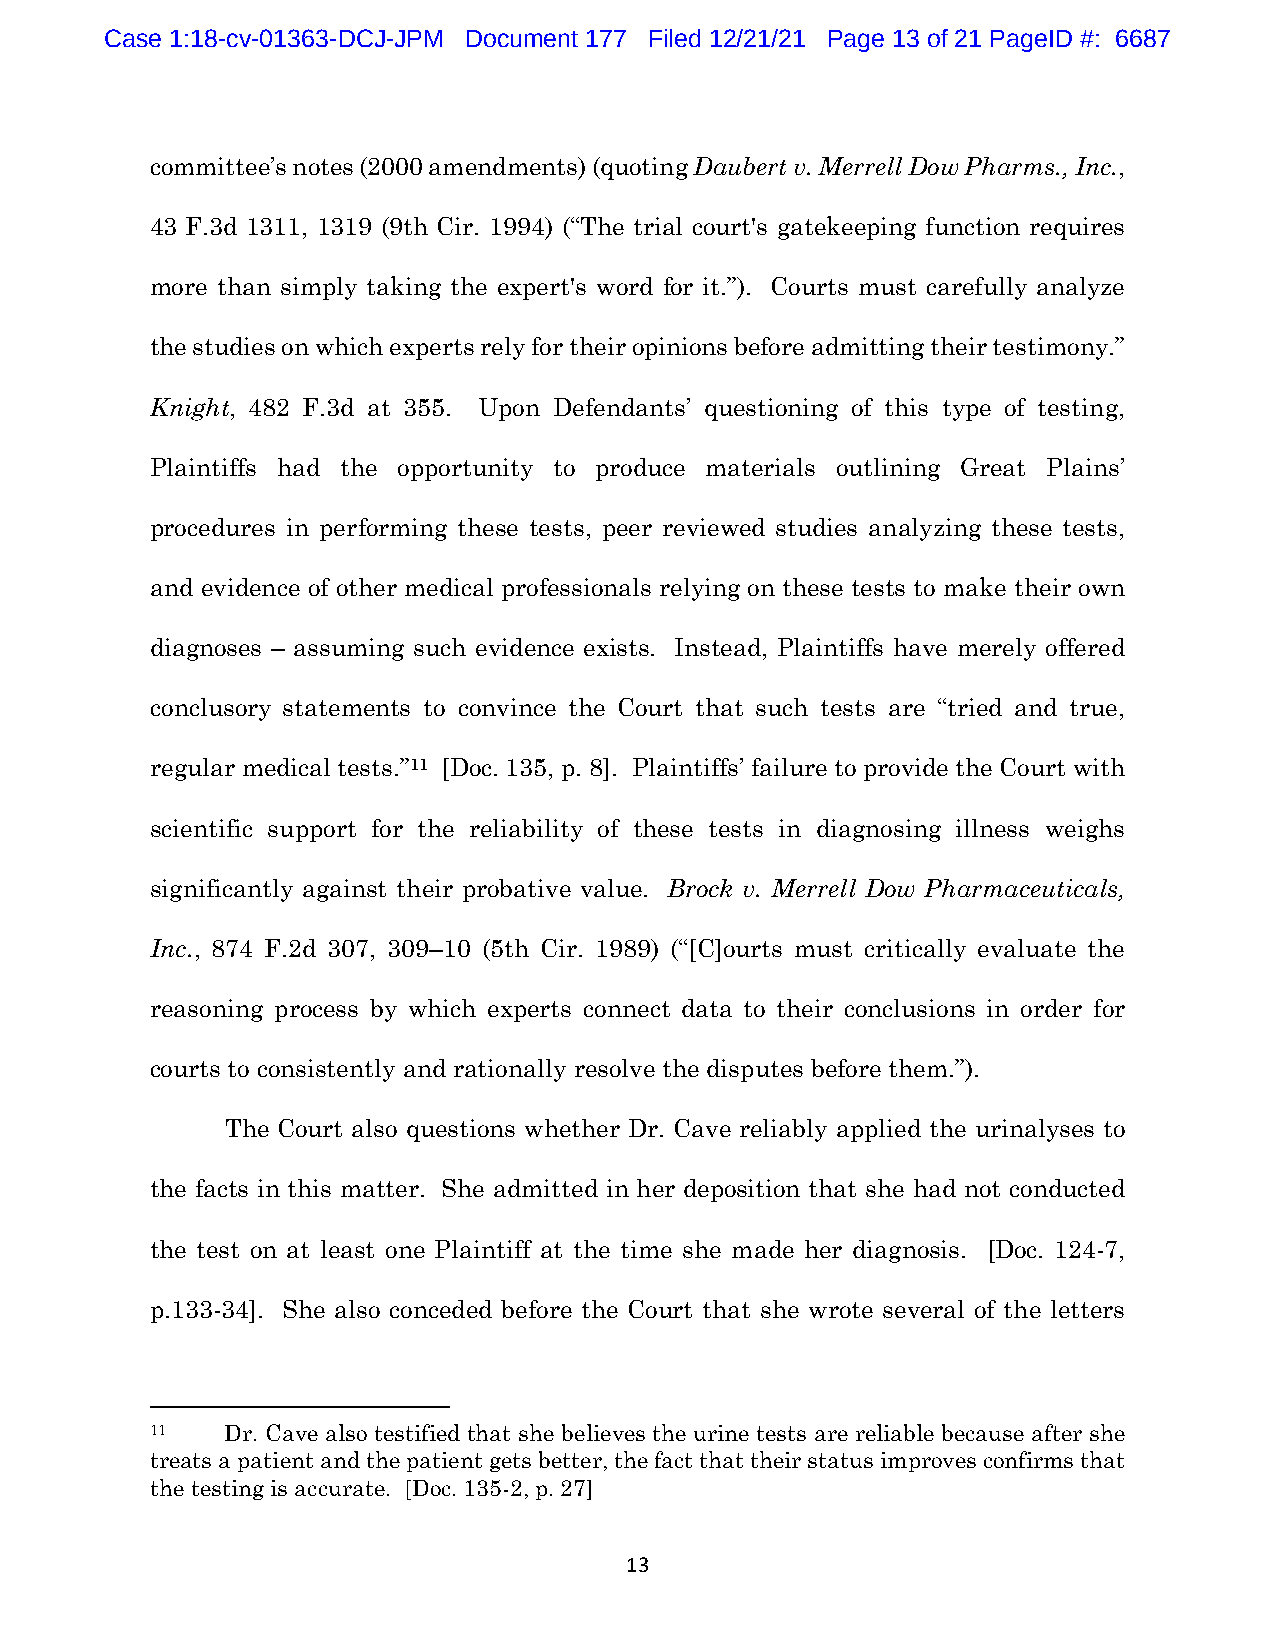
Case 1:18-cv-01363-DCJ-JPM Document 177 Filed 12/21/21 Page 13 of 21 PageID #: 6687
 committee’s notes (2000 amendments) (quoting Daubert v. Merrell Dow Pharms., Inc.,
 43 F.3d 1311, 1319 (9th Cir. 1994) (“The trial court's gatekeeping function requires
 more than simply taking the expert's word for it.”). Courts must carefully analyze
 the studies on which experts rely for their opinions before admitting their testimony.”
 Knight, 482 F.3d at 355. Upon Defendants’ questioning of this type of testing,
 Plaintiffs had the opportunity to produce materials outlining Great Plains’
 procedures in performing these tests, peer reviewed studies analyzing these tests,
 and evidence of other medical professionals relying on these tests to make their own
 diagnoses – assuming such evidence exists. Instead, Plaintiffs have merely offered
 conclusory statements to convince the Court that such tests are “tried and true,
 regular medical tests.”11 [Doc. 135, p. 8]. Plaintiffs’ failure to provide the Court with
 scientific support for the reliability of these tests in diagnosing illness weighs
 significantly against their probative value. Brock v. Merrell Dow Pharmaceuticals,
 Inc., 874 F.2d 307, 309–10 (5th Cir. 1989) (“[C]ourts must critically evaluate the
 reasoning process by which experts connect data to their conclusions in order for
 courts to consistently and rationally resolve the disputes before them.”).
 The Court also questions whether Dr. Cave reliably applied the urinalyses to
 the facts in this matter. She admitted in her deposition that she had not conducted
 the test on at least one Plaintiff at the time she made her diagnosis. [Doc. 124-7,
 p.133-34]. She also conceded before the Court that she wrote several of the letters
 11   Dr. Cave also testified that she believes the urine tests are reliable because after she
 treats a patient and the patient gets better, the fact that their status improves confirms that
 the testing is accurate. [Doc. 135-2, p. 27]
 13